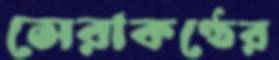
সেরাকণ্ঠের